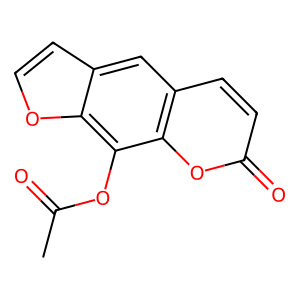
SMILES: CC(=O)Oc1c2occc2cc2ccc(=O)oc12
Inhibits HIV replication: No